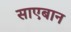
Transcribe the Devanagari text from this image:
साएबान